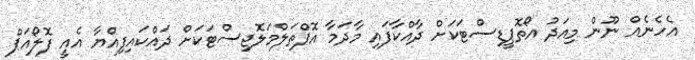
އެހެނެއް ނޫން މިއަދު އޯތޮޕީޑިސްޓަކަށް ދާއްކާފައި މާދަމާ އޮޕްތަލްމަލޮޖިސްޓަކަށް ދައްކައިފިއްޔާ އެއީ ފޮލޯއަޕް